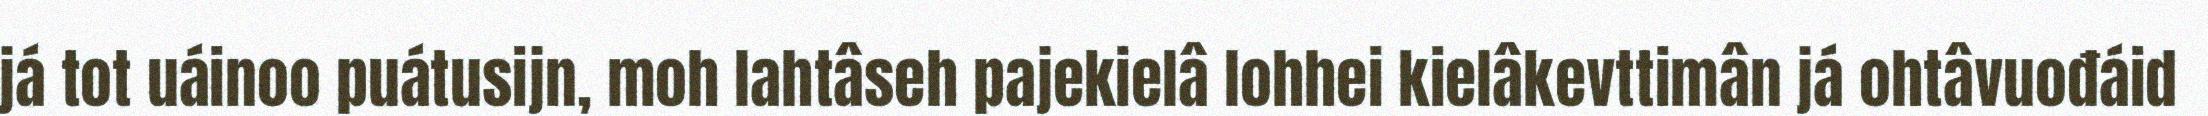
já tot uáinoo puátusijn, moh lahtâseh pajekielâ lohhei kielâkevttimân já ohtâvuođáid